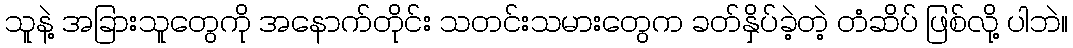
သူနဲ့ အခြားသူတွေကို အနောက်တိုင်း သတင်းသမားတွေက ခတ်နှိပ်ခဲ့တဲ့ တံဆိပ် ဖြစ်လို့ ပါဘဲ။